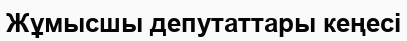
Жұмысшы депутаттары кеңесі